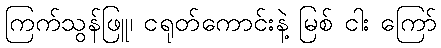
ကြက်သွန်ဖြူ၊ ငရုတ်ကောင်းနဲ့ မြစ် ငါး ကြော်